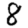
Digit: 8